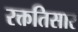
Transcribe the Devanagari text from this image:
रक्ततिसार